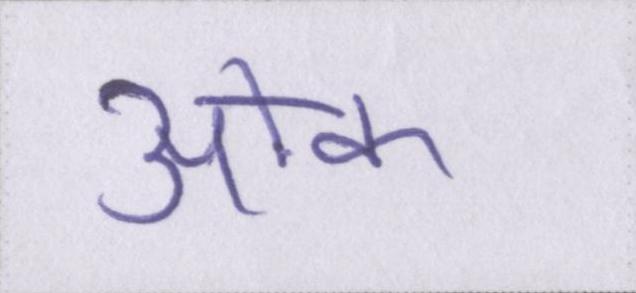
ओक